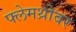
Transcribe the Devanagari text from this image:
फ्लेमथ्रोवर